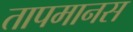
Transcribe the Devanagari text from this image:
तापमानस